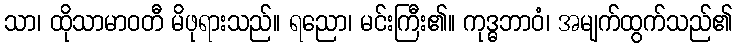
သာ၊ ထိုသာမာဝတီ မိဖုရားသည်။ ရညော၊ မင်းကြီး၏။ ကုဒ္ဓဘာဝံ၊ အမျက်ထွက်သည်၏